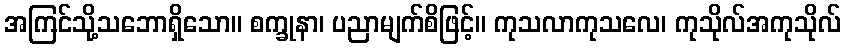
အကြင်သို့သဘောရှိသော။ စက္ခုနာ၊ ပညာမျက်စိဖြင့်။ ကုသလာကုသလေ၊ ကုသိုလ်အကုသိုလ်